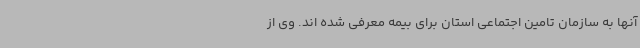
آنها به سازمان تامین اجتماعی استان برای بیمه معرفی شده اند. وی از